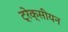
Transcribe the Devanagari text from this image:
ट्रेक्सीयन